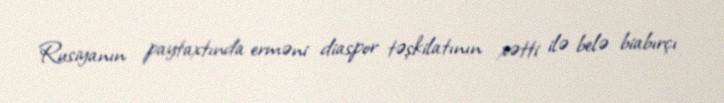
Rusiyanın paytaxtında erməni diaspor təşkilatının xətti ilə belə biabırçı